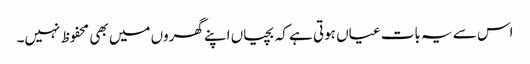
اس سے یہ بات عیاں ہوتی ہے کہ بچیاں اپنے گھروں میں بھی محفوظ نہیں۔